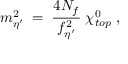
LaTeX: m _ { \eta ^ { \prime } } ^ { 2 } \; = \; \frac { 4 N _ { f } } { f _ { \eta ^ { \prime } } ^ { 2 } } \; \chi _ { t o p } ^ { 0 } \; ,